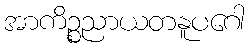
အာကိဉ္စညာယတနူပဂေါ